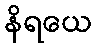
နိရယေ